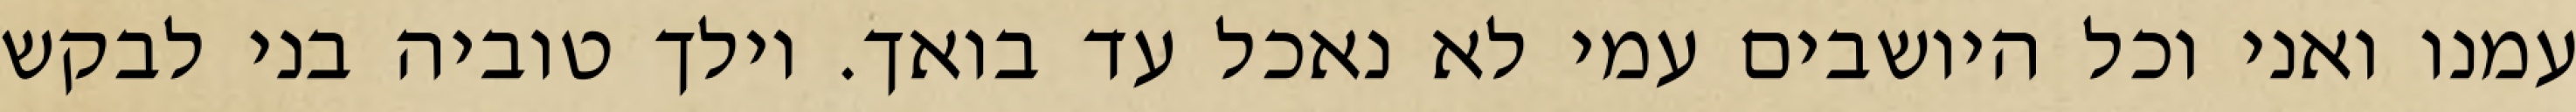
עמנו ואני וכל היושבים עמי לא נאכל עד בואך. וילך טוביה בני לבקש